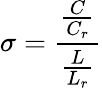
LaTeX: \sigma={\frac{\frac{C}{C_{r}}}{\frac{L}{L_{r}}}}